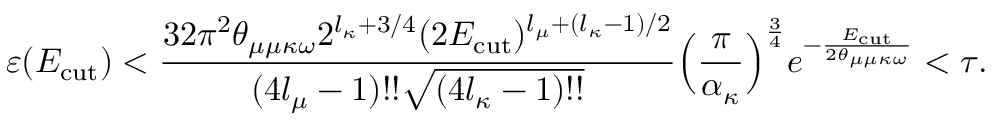
\varepsilon ( E _ { \mathrm { c u t } } ) < \frac { 3 2 \pi ^ { 2 } \theta _ { \mu \mu \kappa \omega } 2 ^ { l _ { \kappa } + 3 / 4 } ( 2 E _ { \mathrm { c u t } } ) ^ { l _ { \mu } + ( l _ { \kappa } - 1 ) / 2 } } { ( 4 l _ { \mu } - 1 ) ! ! \sqrt { ( 4 l _ { \kappa } - 1 ) ! ! } } \Big ( \frac { \pi } { \alpha _ { \kappa } } \Big ) ^ { \frac { 3 } { 4 } } e ^ { - \frac { E _ { \mathrm { c u t } } } { 2 \theta _ { \mu \mu \kappa \omega } } } < \tau .